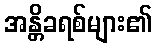
အန္တိခရစ်များ၏